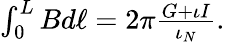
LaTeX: \begin{array}{r}{\int_{0}^{L}Bd\ell=2\pi\frac{G+\iota I}{\iota_{N}}.}\end{array}